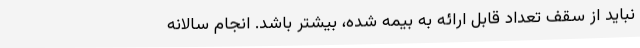
نباید از سقف تعداد قابل ارائه به بیمه شده، بیشتر باشد. انجام سالانه